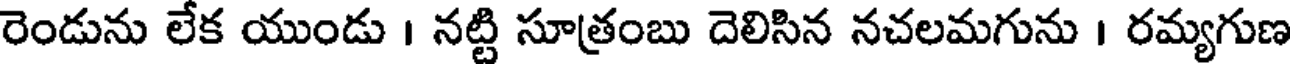
రెండును లేక యుండు । నట్టి సూత్రంబు దెలిసిన నచలమగును । రమ్యగుణ